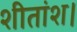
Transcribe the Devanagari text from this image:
शीतांश।